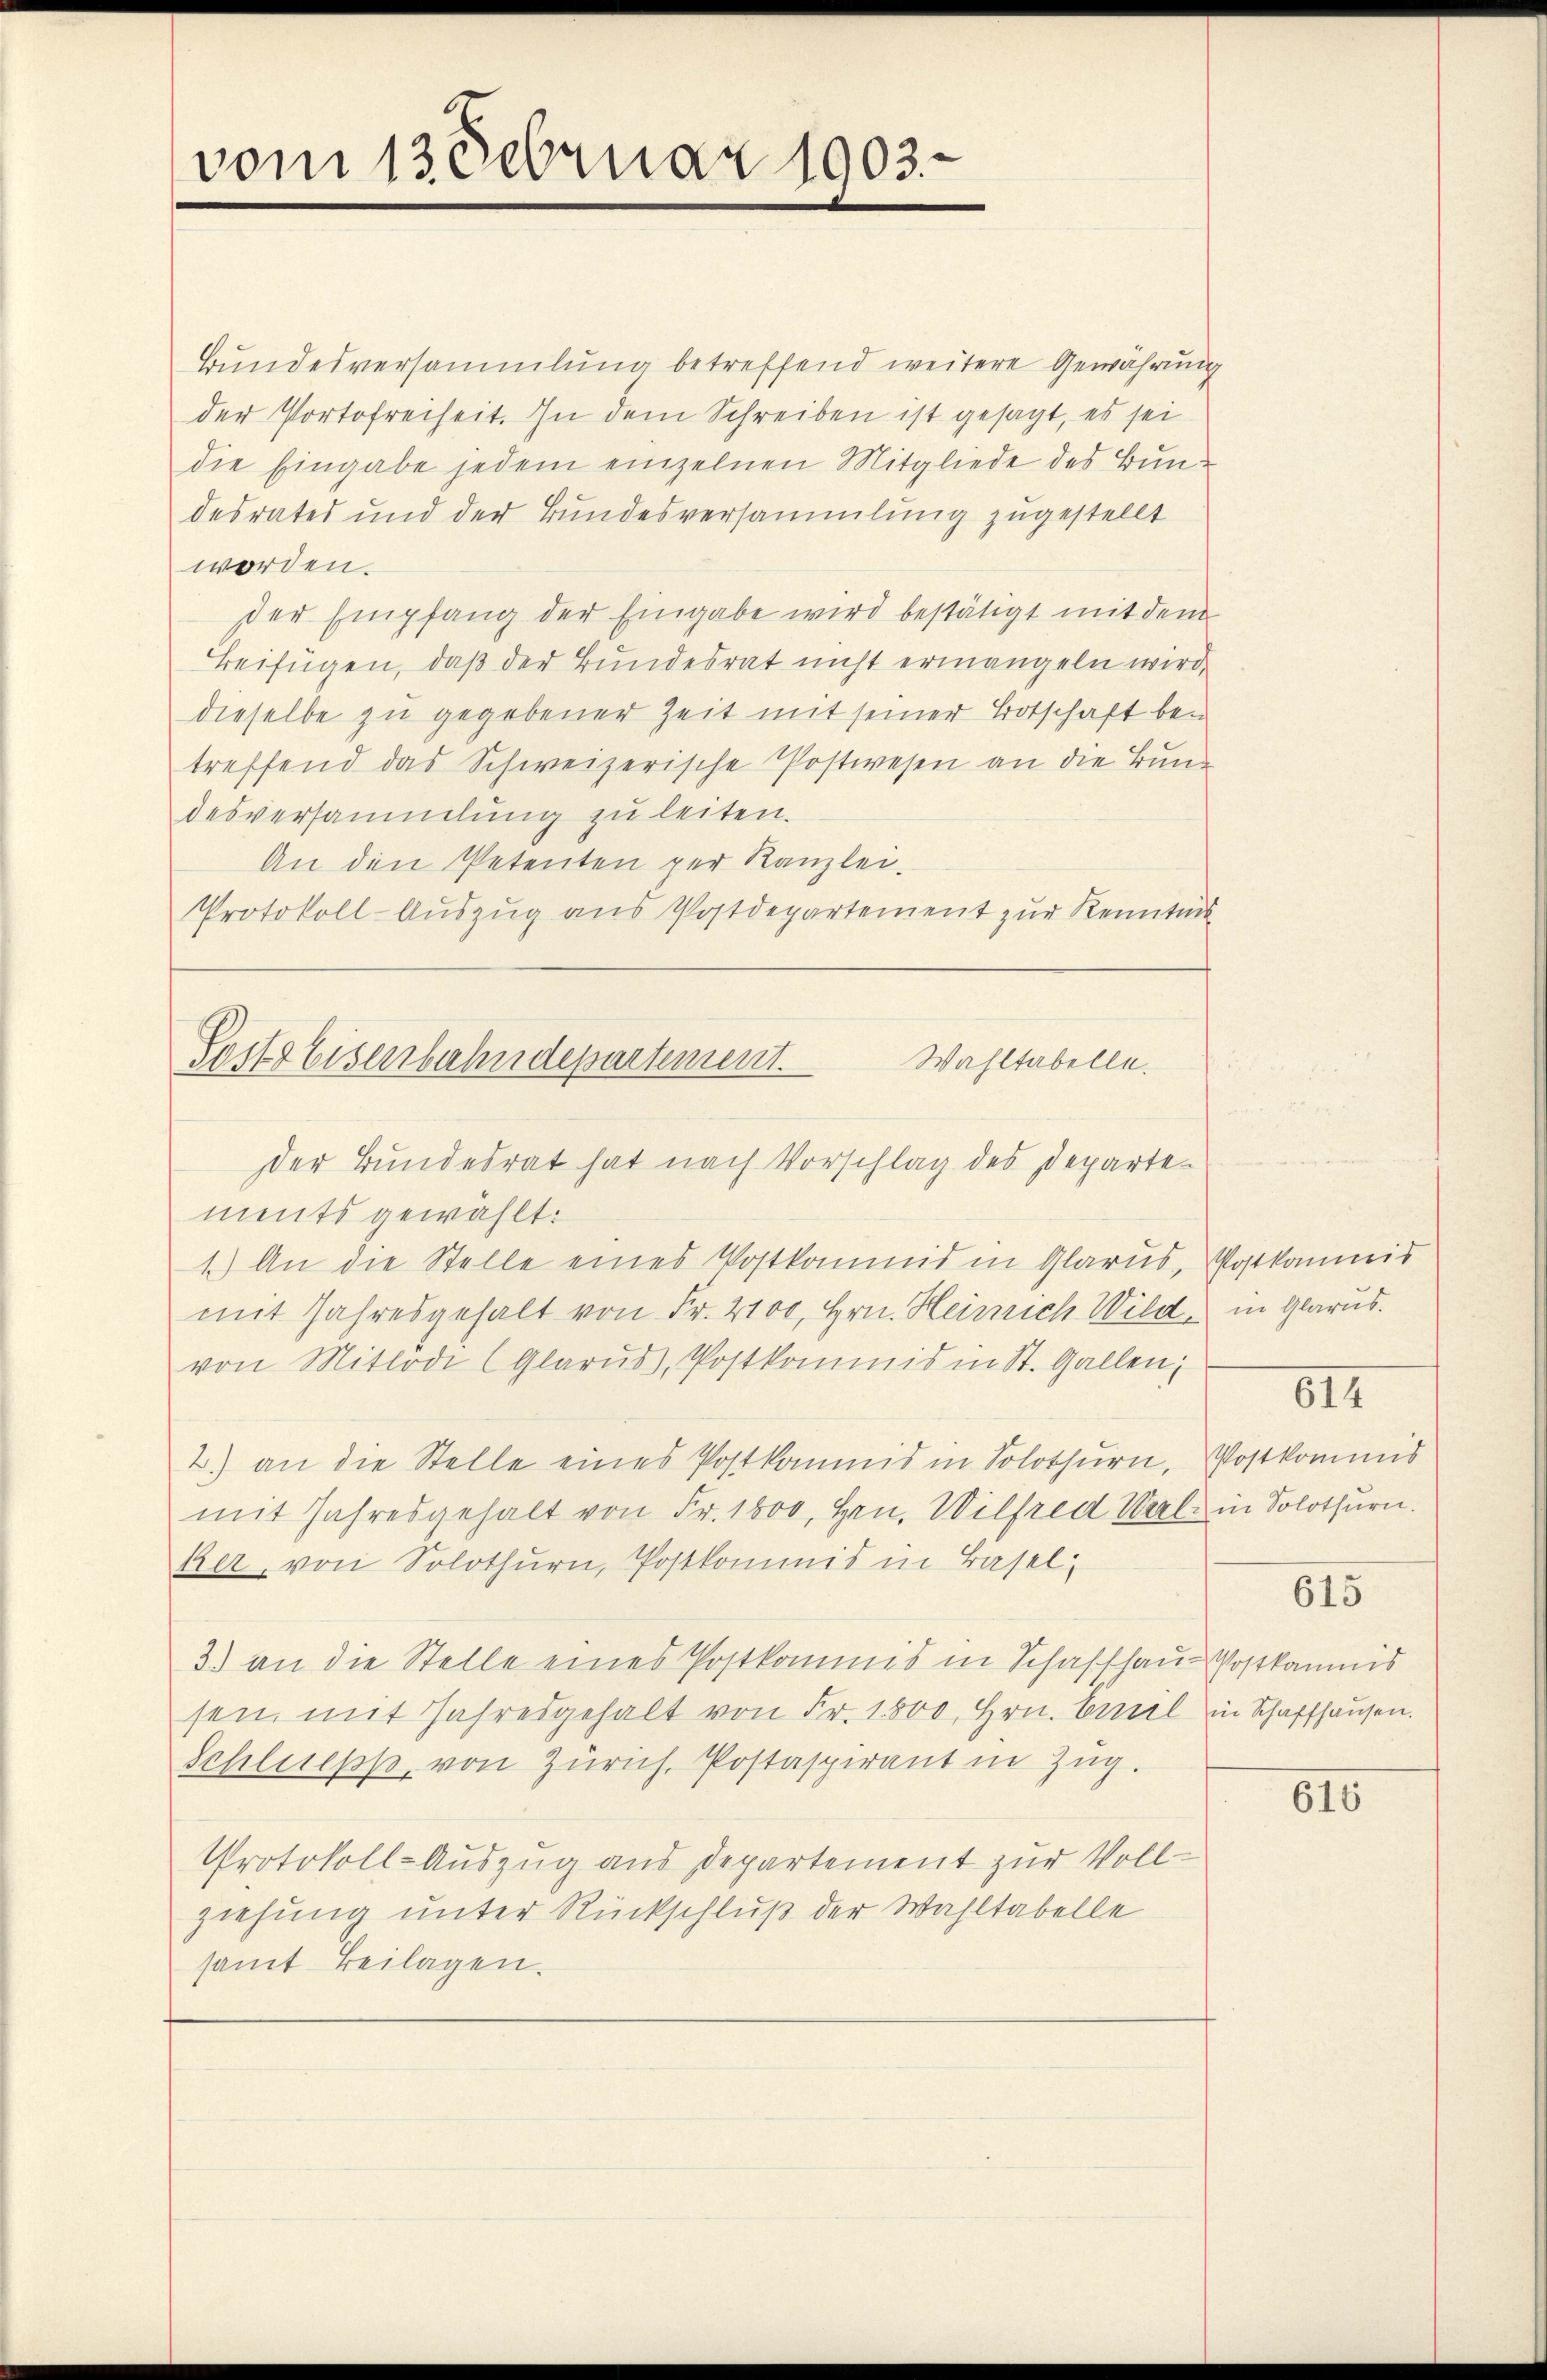
vom 13 Februar 1903.

Bundesversammlung betreffend weitere Gewährung
der Portofreiheit. In dem Schreiben ist gesagt, es sei
die Eingabe jedem einzelnen Mitgliede des Bundesrates und der Bundesversammlung zugestellt
worden.
der Empfang der Eingabe wird bestätigt mit dem
Beifügen, daß der Bundesrat nicht ermangeln wird,
dieselbe zu gegebener Zeit mit seiner Botschaft bei
treffend das Schweizerische Postwesen an die Bund
desversammlung zu leiten.
An den Petenten per Kanzlei.
Protokoll-Auszug aus Postdepartement zur Kenntnis
ments gewählt:
1.) An die Stelle eines Postkommis in Glarus, Postkommis
mit Jahresgehalt von Fr. 2100, Hrn. Heinrich Wild in Glarus.
von Mitlödi (Glarus, Postkommis in St. Gallen;
2.) an die Stelle eines Postkommis in Solothurn, Postkommis
mit Jahresgehalt von Fr. 1000, Hrn. Wilfred Mal in Solothurn.
ker, von Solothurn, Postkommis in Basel,
3.) an die Stelle eines Postkommis in Schaffhaus Postkommis
sen, mit Jahresgehalt von Fr. 1800, Hrn. Biel in Schaffhausen.
Schluess, von Zürich, Postaspirant in Zug.
Protokoll-Auszug aus Departement zur Vollziehung unter Rückschluß der Wahltabelle
samt Beilagen.

Posts Eisenbahndepartement.
Wahltabelle.
der Bundesrat hat nach Vorschlag des Departe¬

6II

615

615